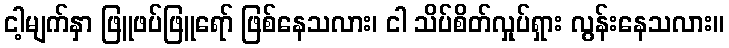
ငါ့မျက်နှာ ဖြူဖပ်ဖြူရော် ဖြစ်နေသလား၊ ငါ သိပ်စိတ်လှုပ်ရှား လွန်းနေသလား။